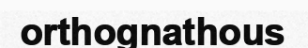
orthognathous